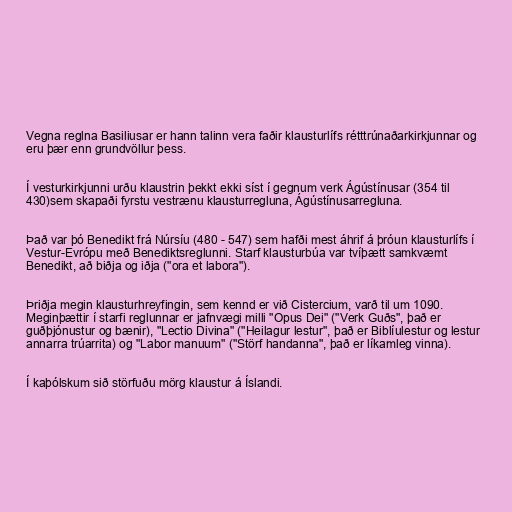
Vegna reglna Basiliusar er hann talinn vera faðir klausturlífs rétttrúnaðarkirkjunnar og
eru þær enn grundvöllur þess.

Í vesturkirkjunni urðu klaustrin þekkt ekki síst í gegnum verk Ágústínusar (354 til
430)sem skapaði fyrstu vestrænu klausturregluna, Ágústínusarregluna.

Það var þó Benedikt frá Núrsíu (480 - 547) sem hafði mest áhrif á þróun klausturlífs í
Vestur-Evrópu með Benediktsreglunni. Starf klausturbúa var tvíþætt samkvæmt
Benedikt, að biðja og iðja ("ora et labora").

Þriðja megin klausturhreyfingin, sem kennd er við Cistercium, varð til um 1090.
Meginþættir í starfi reglunnar er jafnvægi milli "Opus Dei" ("Verk Guðs", það er
guðþjónustur og bænir), "Lectio Divina" ("Heilagur lestur", það er Biblíulestur og lestur
annarra trúarrita) og "Labor manuum" ("Störf handanna", það er líkamleg vinna).

Í kaþólskum sið störfuðu mörg klaustur á Íslandi.